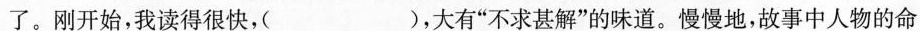
了。刚开始，我读得很快，( )，大有”不求甚解”的味道。慢慢地，故事中人物的命